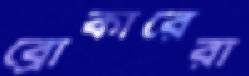
ব্রোকারেরা